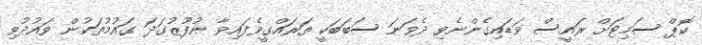
ކޮޕް ސަމިޓަށް ރައީސް ވަޑައިގެންނެވި ދެވަނަ ސަބަބަކީ ތަރައްގީވެފައިވާ ނުފޫޒުގަދަ ގައުމުތަކުން ވައުދުވި